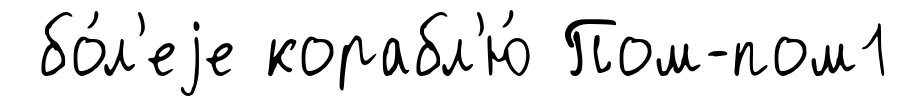
бо́л'еjе корабл'ю́ Пом-пом1